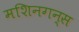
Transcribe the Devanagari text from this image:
मशिनगन्स